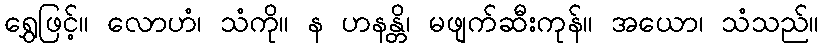
ရွှေဖြင့်။ လောဟံ၊ သံကို။ န ဟနန္တိ၊ မဖျက်ဆီးကုန်။ အယော၊ သံသည်။